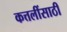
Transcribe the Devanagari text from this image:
कत्तलींसाठी